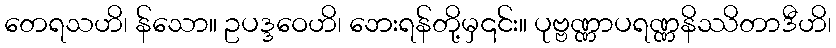
တေရသဟိ၊ န်သော။ ဥပဒ္ဒဝေဟိ၊ ဘေးရန်တို့မှ၎င်း။ ပုဗ္ဗဏ္ဏာပရဏ္ဏနိဿိတာဒီဟိ၊